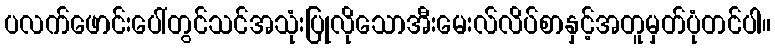
ပလက်ဖောင်းပေါ်တွင်သင်အသုံးပြုလိုသောအီးမေးလ်လိပ်စာနှင့်အတူမှတ်ပုံတင်ပါ။